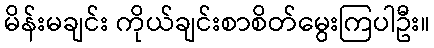
မိန်းမချင်း ကိုယ်ချင်းစာစိတ်မွေးကြပါဦး။